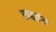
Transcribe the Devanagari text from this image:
वाढतंय